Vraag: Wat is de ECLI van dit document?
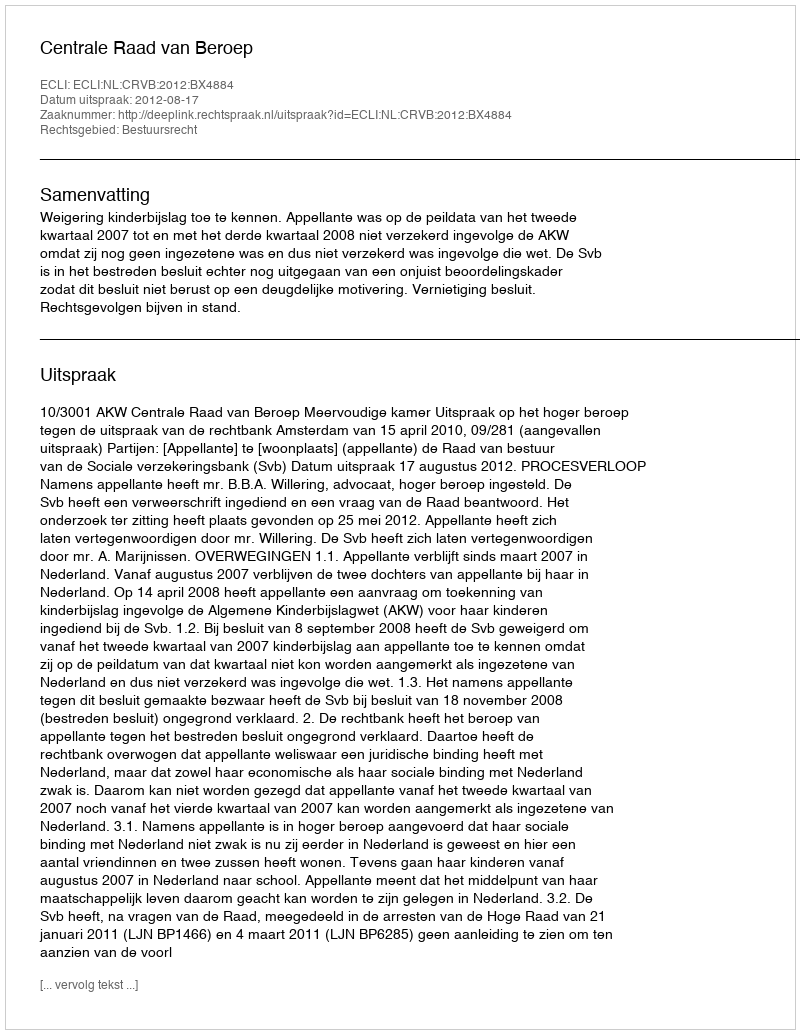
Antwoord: ECLI:NL:CRVB:2012:BX4884